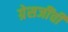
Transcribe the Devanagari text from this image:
ग्रेसजींची